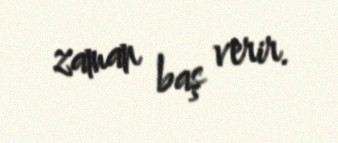
zaman baş verir.